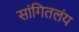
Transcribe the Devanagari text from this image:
सांगितलंय